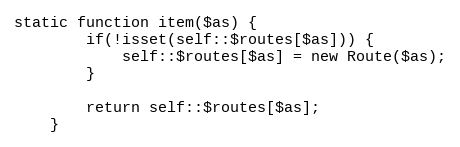
Language: PHP
static function item($as) {
        if(!isset(self::$routes[$as])) {
            self::$routes[$as] = new Route($as);
        }

        return self::$routes[$as];
    }